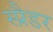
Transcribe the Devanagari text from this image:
स्प्रैडर